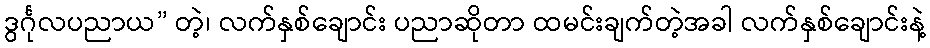
ဒွင်္ဂုလပညာယ” တဲ့၊ လက်နှစ်ချောင်း ပညာဆိုတာ ထမင်းချက်တဲ့အခါ လက်နှစ်ချောင်းနဲ့